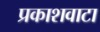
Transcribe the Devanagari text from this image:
प्रकाशवाटा